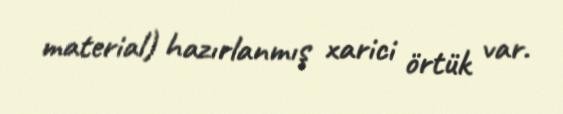
material) hazırlanmış xarici örtük var.